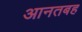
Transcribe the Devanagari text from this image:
आनतबह